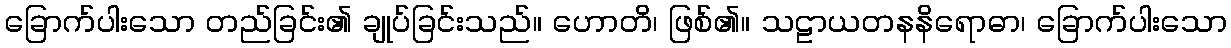
ခြောက်ပါးသော တည်ခြင်း၏ ချုပ်ခြင်းသည်။ ဟောတိ၊ ဖြစ်၏။ သဠာယတနနိရောဓာ၊ ခြောက်ပါးသော